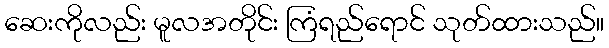
ဆေးကိုလည်း မူလအတိုင်း ကြံရည်ရောင် သုတ်ထားသည်။